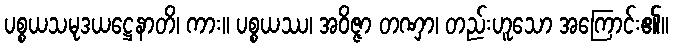
ပစ္စယသမုဒယဋ္ဌေနာတိ၊ ကား။ ပစ္စယဿ၊ အဝိဇ္ဇာ တဏှာ၊ တည်းဟူသော အကြောင်း၏။